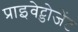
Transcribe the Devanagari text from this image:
प्राइवेट्डोजेंट